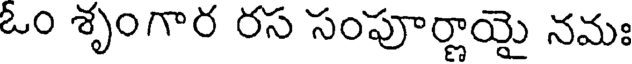
ఓం శృంగార రస సంపూర్ణాయై నమః